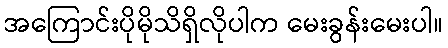
အကြောင်းပိုမိုသိရှိလိုပါက မေးခွန်းမေးပါ။